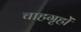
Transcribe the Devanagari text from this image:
चाहगृहों